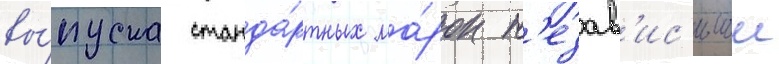
вы́пуска станда́ртных ма́рок н'езав'ис'имои